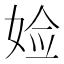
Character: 𫰰